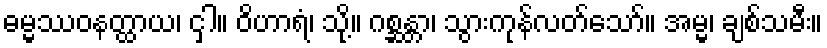
ဓမ္မဿဝနတ္ထာယ၊ ငှါ။ ဝိဟာရံ၊ သို့။ ဂစ္ဆန္တာ၊ သွားကုန်လတ်သော်။ အမ္မ၊ ချစ်သမီး။